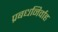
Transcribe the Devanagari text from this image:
प्रबधनिर्वाह